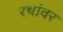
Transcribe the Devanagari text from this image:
रथांवर